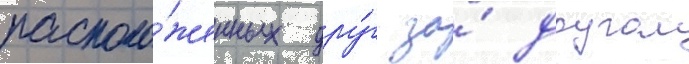
располо́женных дру́г за́ другом